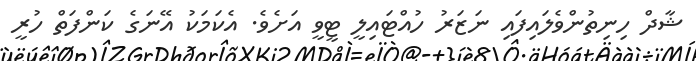
ޝާދް ހިނިތުންވެލައިފައި ނަޒަރު ހުއްޓައިލީ ޓީވީ އަށެވެ. އެކަމަކު އޭނަގެ ކަންފަތް ހުރީ